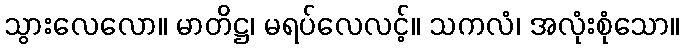
သွားလေလော။ မာတိဋ္ဌ၊ မရပ်လေလင့်။ သကလံ၊ အလုံးစုံသော။